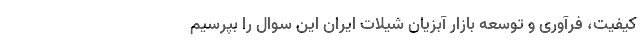
کیفیت، فرآوری و توسعه بازار آبزیان شیلات ایران این سوال را بپرسیم